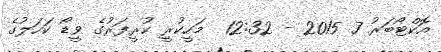
އޮކްޓޯބަރު 7